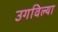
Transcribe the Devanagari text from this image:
उगविल्या